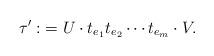
LaTeX: \begin{align*}\tau^\prime:&=U\cdot t_{e_1}t_{e_2}\cdots t_{e_m} \cdot V.\end{align*}